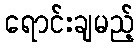
ရောင်းချမည့်